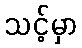
သင့်မှာ